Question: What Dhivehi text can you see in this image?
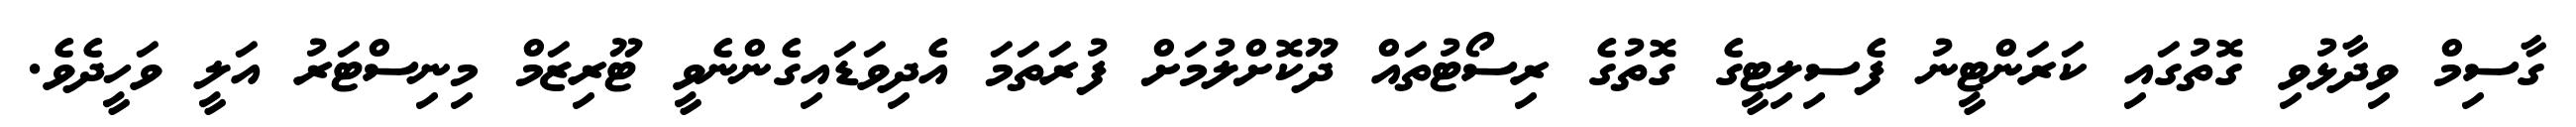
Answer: ގާސިމް ވިދާޅުވި ގޮތުގައި ކަރަންޓީނު ފެސިލިޓީގެ ގޮތުގެ ރިސޯޓުތައް ދޫކޮށްލުމަށް ފުރަތަމަ އެދިވަޑައިގެންނެވީ ޓޫރިޒަމް މިނިސްޓަރު އަލީ ވަހީދެވެ.